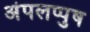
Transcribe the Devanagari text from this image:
अंपलप्पुष